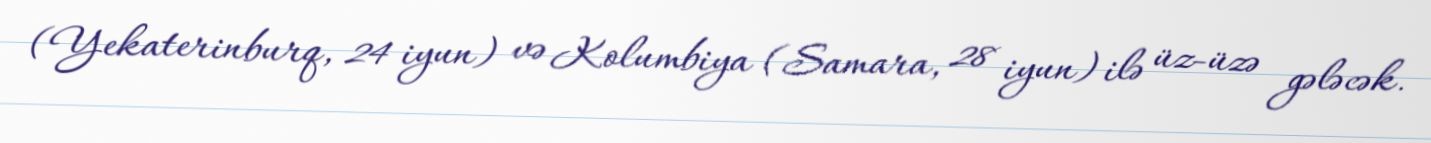
(Yekaterinburq, 24 iyun) və Kolumbiya (Samara, 28 iyun) ilə üz-üzə gələcək.